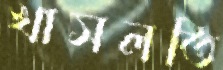
খাসলতি